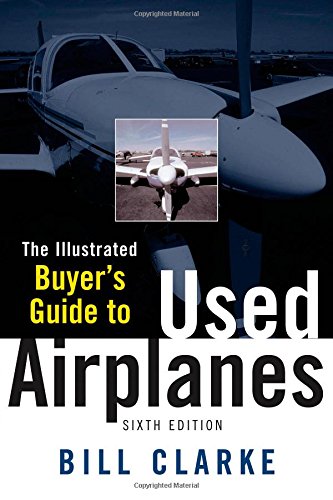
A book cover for Illustrated Buyer's Guide to Used Airplanes; Bill Clarke; Arts & Photography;